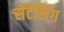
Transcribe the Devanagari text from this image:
सेंटेंसिंग